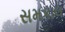
સમકાલ